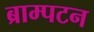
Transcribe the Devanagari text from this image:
ब्राम्पटन